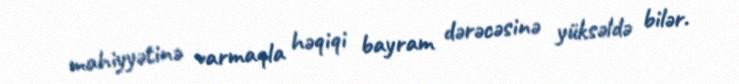
mahiyyətinə varmaqla həqiqi bayram dərəcəsinə yüksəldə bilər.